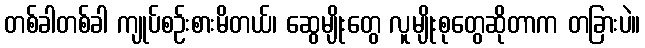
တစ်ခါတစ်ခါ ကျုပ်စဉ်းစားမိတယ်၊ ဆွေမျိုးတွေ လူမျိုးစုတွေဆိုတာက တခြားပဲ။